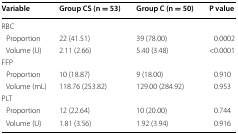
<table><thead><tr><td><b>Variable</b></td><td><b>Group CS (n = 53)</b></td><td><b>Group C (n = 50)</b></td><td><b>P value</b></td></tr></thead><tbody><tr><td colspan="4">RBC</td></tr><tr><td> Proportion</td><td>22 (41.51)</td><td>39 (78.00)</td><td>0.0002</td></tr><tr><td> Volume (U)</td><td>2.11 (2.66)</td><td>5.40 (3.48)</td><td>&lt;0.0001</td></tr><tr><td colspan="4">FFP</td></tr><tr><td> Proportion</td><td>10 (18.87)</td><td>9 (18.00)</td><td>0.910</td></tr><tr><td> Volume (mL)</td><td>118.76 (253.82)</td><td>129.00 (284.92)</td><td>0.953</td></tr><tr><td colspan="4">PLT</td></tr><tr><td> Proportion</td><td>12 (22.64)</td><td>10 (20.00)</td><td>0.744</td></tr><tr><td> Volume (U)</td><td>1.81 (3.56)</td><td>1.92 (3.94)</td><td>0.916</td></tr></tbody></table>